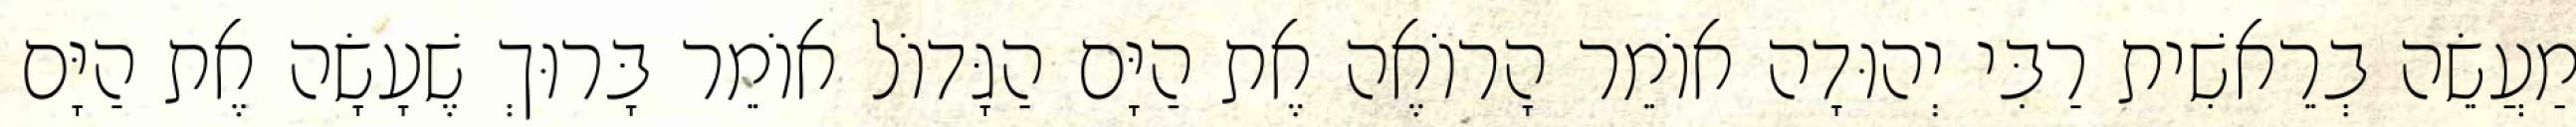
מַעֲשֵׂה בְרֵאשִׁית רַבִּי יְהוּדָה אוֹמֵר הָרוֹאֶה אֶת הַיָּם הַגָּדוֹל אוֹמֵר בָּרוּךְ שֶׁעָשָׂה אֶת הַיָּם